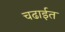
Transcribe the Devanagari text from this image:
चढाईत